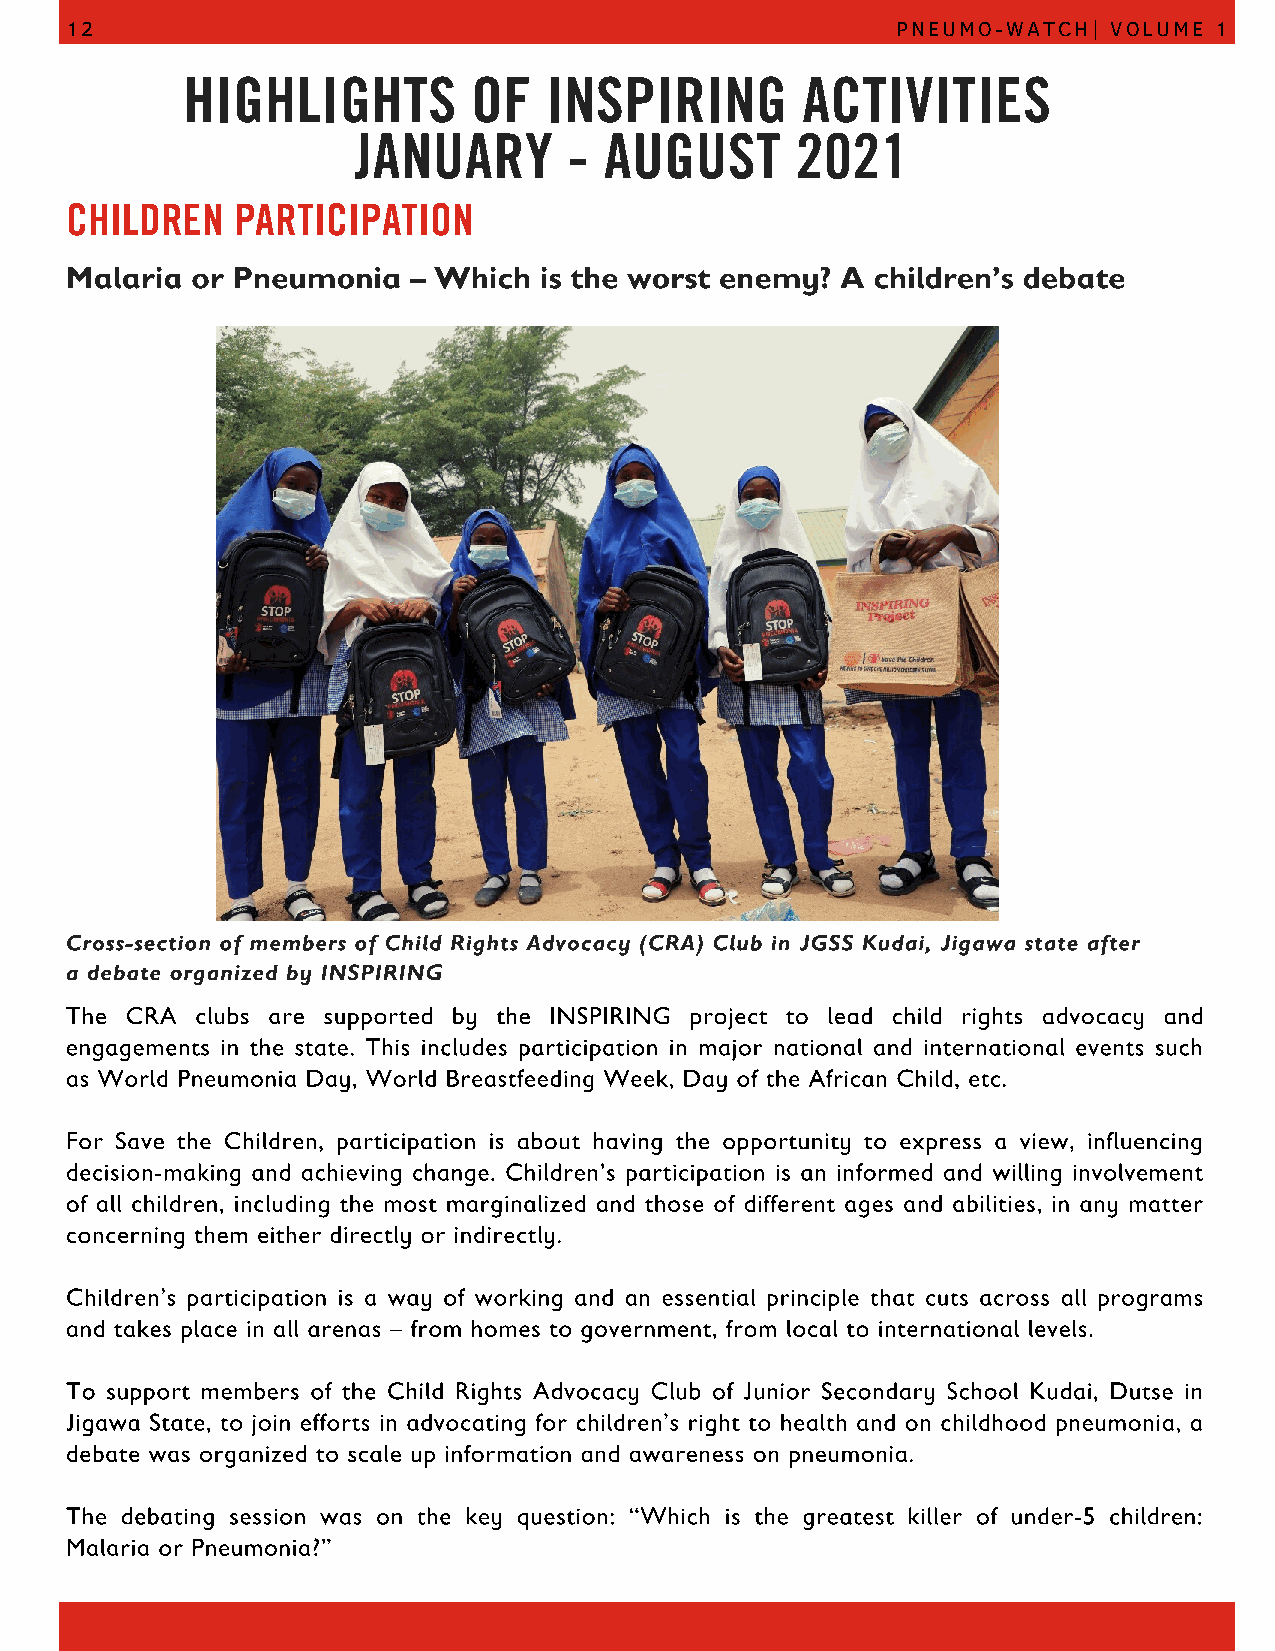
12                                                     PNEUMO-WATCH|  VOLUME 1
 HIGHLIGHTS         OF   INSPIRING        ACTIVITIES
 JANUARY        - AUGUST       2021
 CHILDREN   PARTICIPATION
 Malaria  or Pneumonia  – Which  is the worst enemy? A children’s debate
 Cross-section of members of Child Rights Advocacy (CRA) Club in JGSS Kudai, Jigawa state after
 a debate organized by INSPIRING
 The CRA  clubs are supported by the INSPIRING project to lead child rights advocacy and
 engagements in the state. This includes participation in major national and international events such
 as World Pneumonia Day, World Breastfeeding Week, Day of the African Child, etc.
 For Save the Children, participation is about having the opportunity to express a view, influencing
 decision-making and achieving change. Children’s participation is an informed and willing involvement
 of all children, including the most marginalized and those of different ages and abilities, in any matter
 concerning them either directly or indirectly.
 Children’s participation is a way of working and an essential principle that cuts across all programs
 and takes place in all arenas – from homes to government, from local to international levels.
 To support members of the Child Rights Advocacy Club of Junior Secondary School Kudai, Dutse in
 Jigawa State, to join efforts in advocating for children’s right to health and on childhood pneumonia, a
 debate was organized to scale up information and awareness on pneumonia.
 The debating session was on the key question: “Which is the greatest killer of under-5 children:
 Malaria or Pneumonia?”